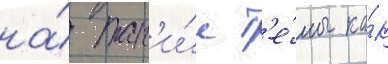
на́ так'и́е т'е́мы ка́к